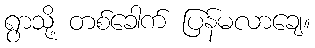
ရွာသို့ တစ်ခေါက် ပြန်မလာချေ။